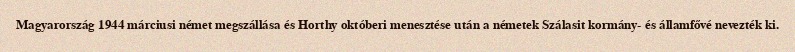
Magyarország 1944 márciusi német megszállása és Horthy októberi menesztése után a németek Szálasit kormány- és államfővé nevezték ki.